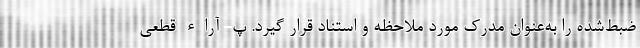
ضبط‌شده را به‌عنوان مدرک مورد ملاحظه و استناد قرار گیرد. پ- آراء قطعی